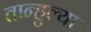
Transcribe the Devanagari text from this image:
तान्हुल्या